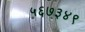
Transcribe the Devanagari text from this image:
५६७३४९